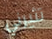
تثيرني